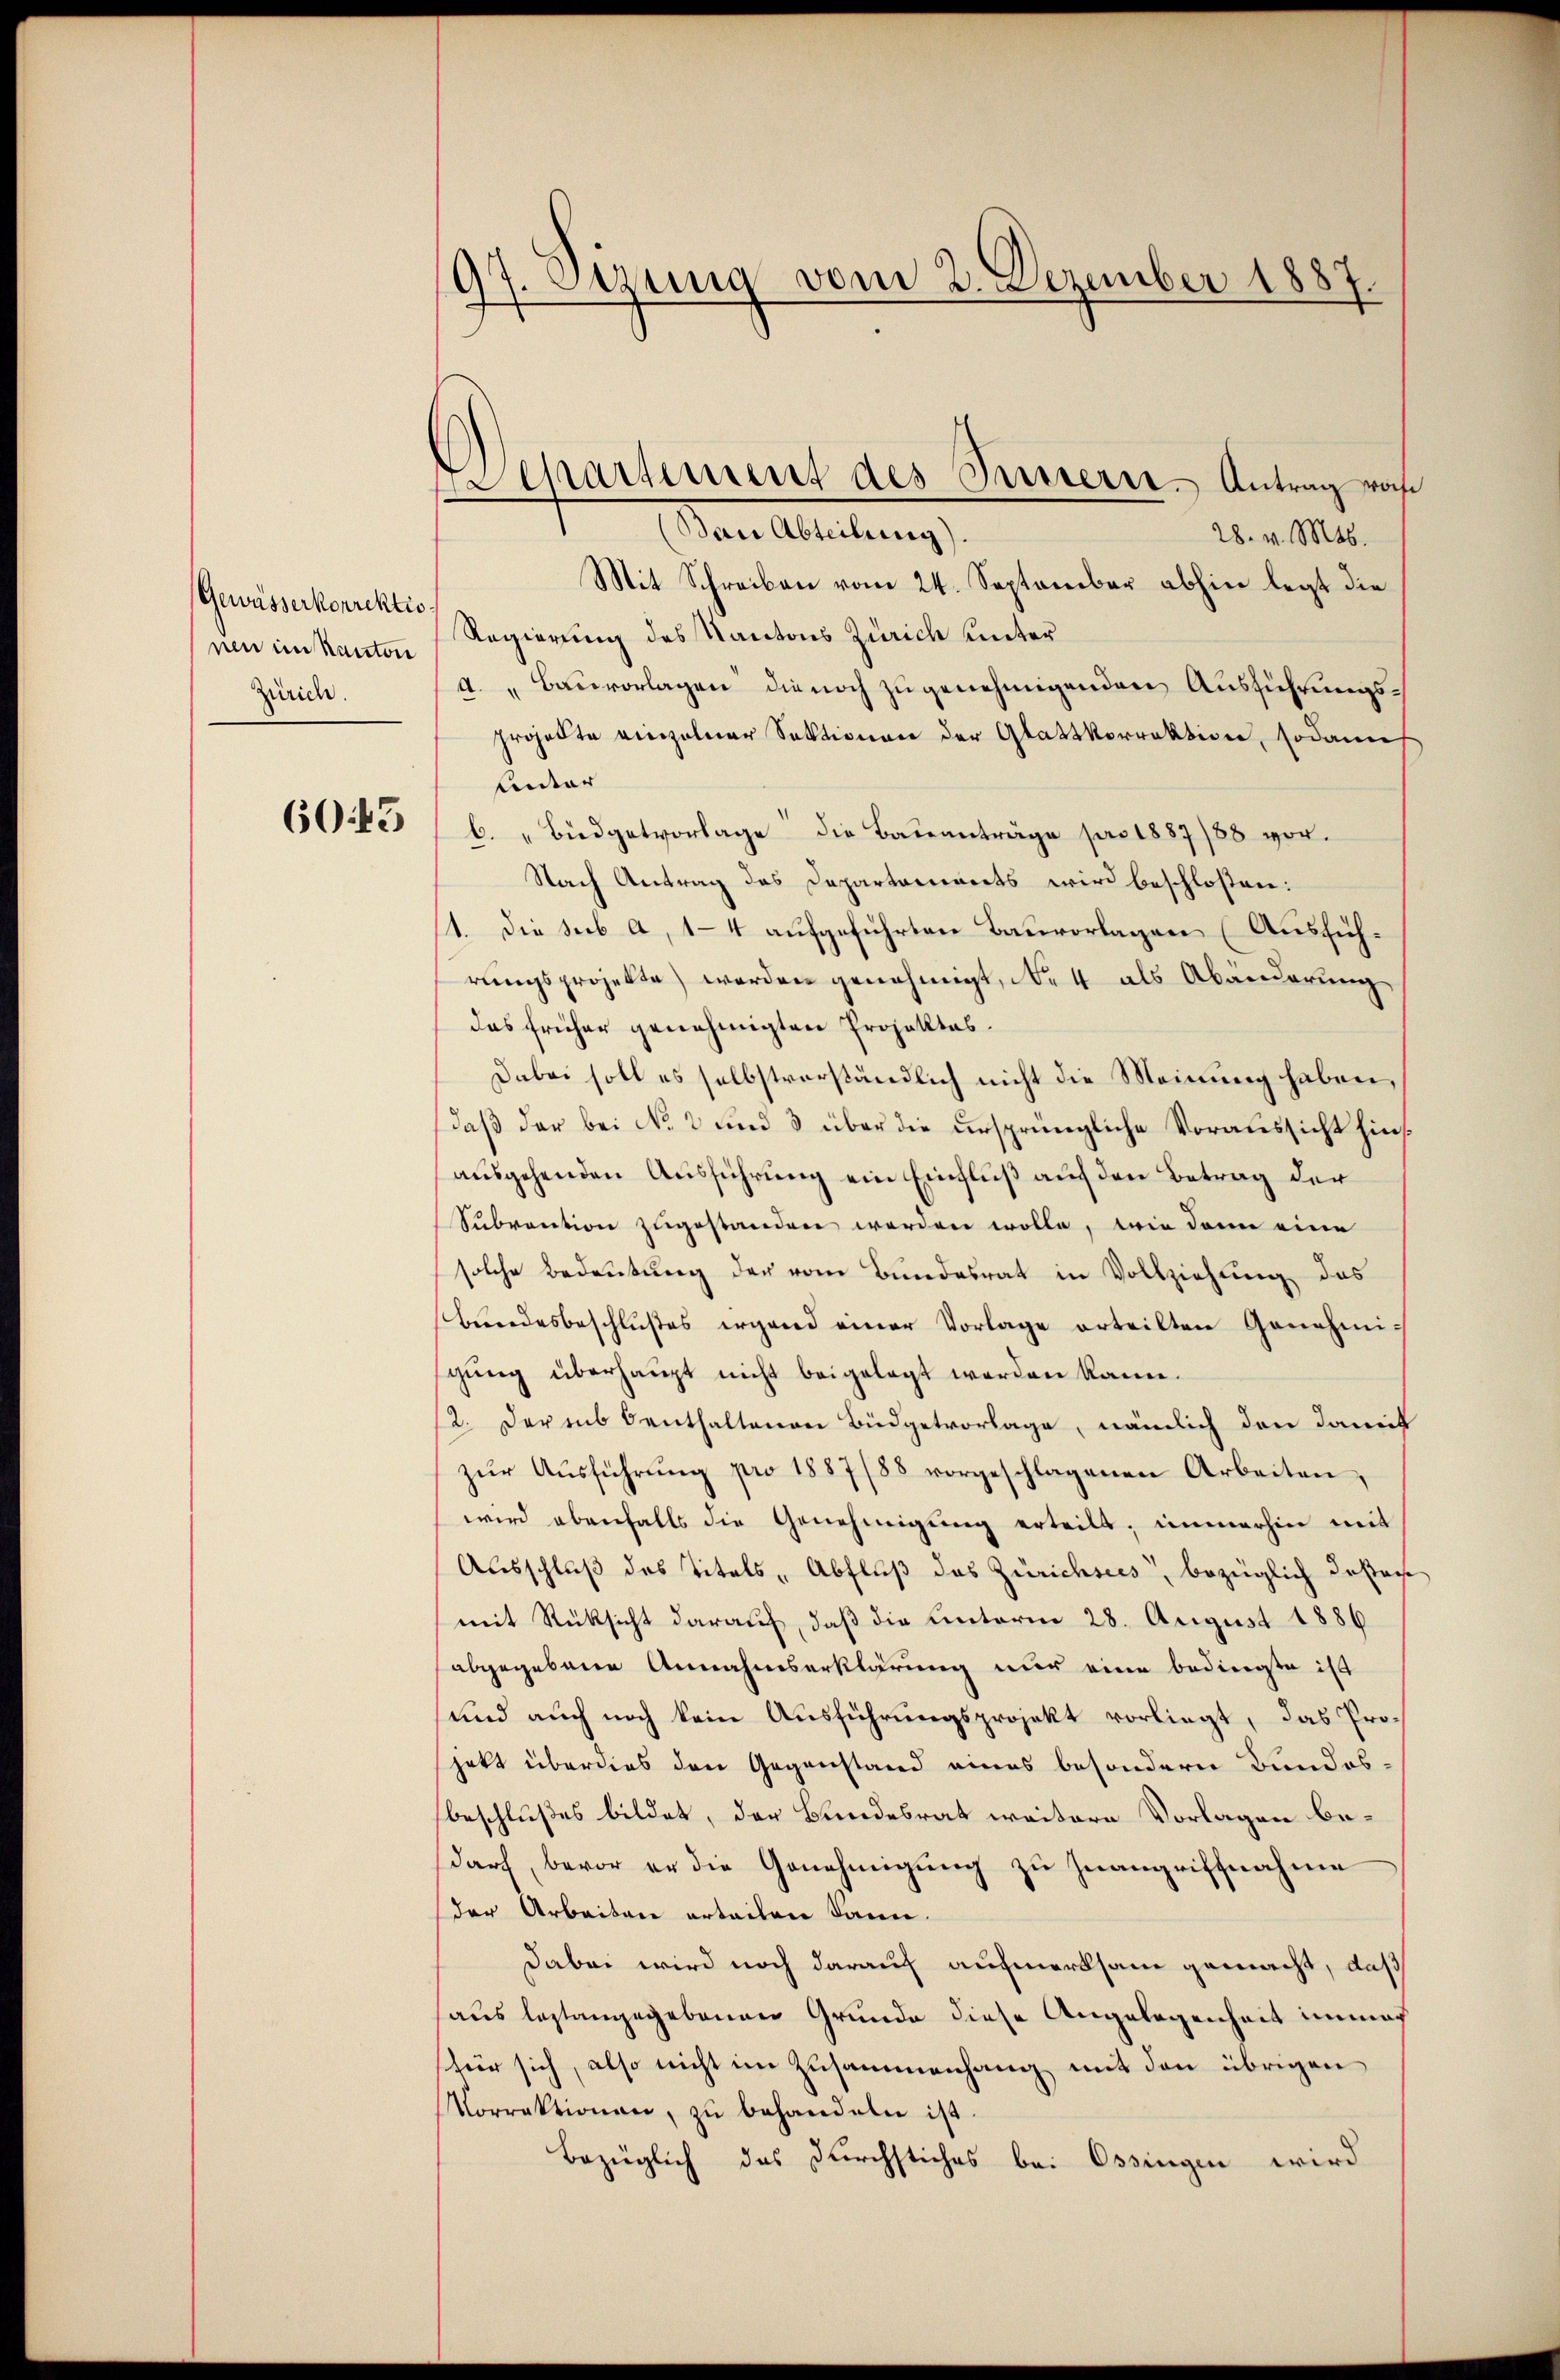
Gewässerkorrektionen im Kanton
Zürich.

6045

97. Setzung vom 2. Dezember 1887.

epartement des Passerer - Antrag woh
Bair Abteilung).

28. v. Mts.
Mit Schreiben vom 24. September abhin legt die
Regierung des Kantons Zürich unter
A. „Bauvorlagen die noch zu genehmigenden Ausführungsprojekte einzelner Sektionen der Glattkorrektion, sodann
Lnter
b. " Büdgetvorlage die Bauanträge pro 1887/88 vor¬
Nach Antrag des Departarinets wird beschlossen:
1. Die sub a, 14 aufgeführten Bauvorlagen (Ausführungsprojekte) werden genehmigt, No 4 als Abänderung
das früher genehmigten Projektes.
Dabei soll es selbstverständlich nicht die Meinung haben,
daß der bei No 2 und 3 über die ursprüngliche Voraussicht hinsausgehenden Ausführung ein Einfluß auf den Betrag der
Subvention zugestanden werden wolle, wie dann eine
solche Bedeutung der vom Bundesrat in Vollziehung des
bundesbeschlußes irgend einer Vorlage erteilten Genehmigŭng überhaupt nicht beigelegt werden kann.
12. Derens enthaltenen Büdgetvorlage, nämlich den damit
zŭr Aŭsführŭng pro 1887/88 vorgeschlagenen Arbeiten,
wird ebenfalls die Genehmigŭng erteilt, immerhin mit
Ausschluß des Titels Abfluß des Zürichsees, bezüglich dasten
mit Rücksicht darauf, daß die hinterm 28. August 1886
abgegebene Annahmserklärung nur eine bedingte ist
und auch noch kein Ausführungsprojekt vorliegt, das Projekt überdies den Gegenstand eines besondern Bundesbeschlußes bildet, der Bundesrat weitere Vorlagen bedarf, bevor er die Genehmigung zu Inangriffnahme
der Arbeiten erteilen kann.
dabei wird noch darauf aufmerksam gemacht, daß
aus leztangegebenen Grunde diese Angelegenheit immach
tür sich, also nicht im Zusammenhang mit den übrigen
Vorrektionen, zu behandeln ist.
bezüglich des durchstiches bei Ossingen wird